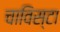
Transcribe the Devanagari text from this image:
चाविस्टा